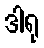
ဒါရု